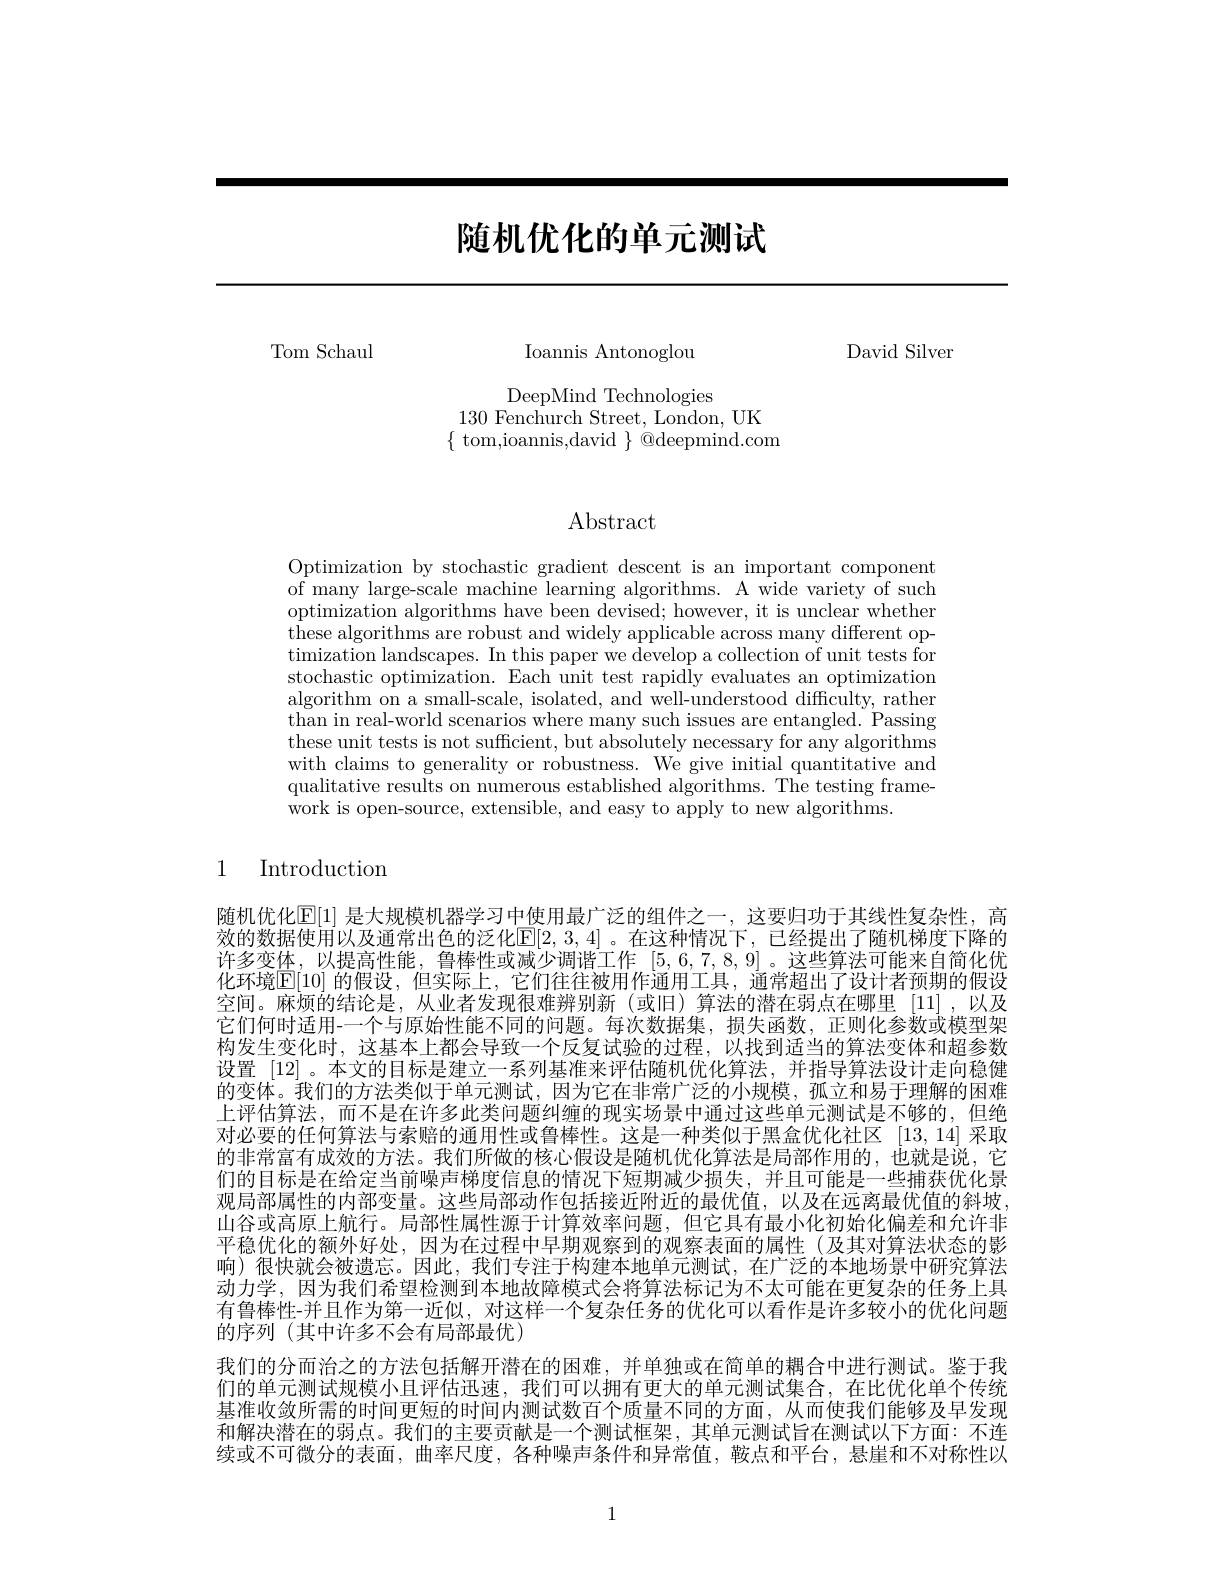
# 随机优化的单元测试

Tom Schaul

David Silver

Ioannis Antonoglou

DeepMind Technologies
130 Fenchurch Street, London, UK
$\{$ tom,ioannis,david $\}$ @deepmind.com

# $\operatorname{Abstract}$

Optimization by stochastic gradient descent is an important component of many large-scale machine learning algorithms. A wide variety of such optimization algorithms have been devised; however, it is unclear whether ${\mathrm{these~algorithms~are~robust~and~widely~applicable~across~many~different~op-}}$ timization landscapes. In this paper we develop a collection of unit tests for stochastic optimization. Each unit test rapidly evaluates an optimization algorithm on a small-scale, isolated, and well-understood difficulty, rather than in real- world scenarios where many such issues are entangled. Passing these unit tests is not sufficient, but absolutely necessary for any algorithms with claims to generality or robustness. We give initial quantitative and qualitative results on numerous established algorithms. The testing framework is open-source, extensible, and easy to apply to new algorithms

1 Introduction

随机优化$\mathbb{E}[1]$ 是大规模机器学习中使用最广泛的组件之一 ,这要归功于其线性复杂性，高效的数据使用以及通常出色的泛化$[\mathbb{E}[2,3,4]$ 。在这种情况下，已经提出了随机梯度下降的许多变体，以提高性能，鲁棒性或减少调谐工作[5,6,7,8,9]。这些算法可能来自简化优化环境$\boxed{\mathrm{E}}[10]$ 的假设，但实际上，它们往往被用作通用工具，通常超出了设计者预期的假设空间。麻烦的结论是，从业者发现很难辨别新(或旧)算法的潜在弱点在哪里[11],以及它们何时适用-一个与原始性能不同的问题。每次数据集，损失函数，正则化参数或模型架构发生变化时，这基本上都会导致一个反复试验的过程，以找到适当的算法变体和超参数设置 [12] 。本文的目标是建立一系列基准来评估随机优化算法，并指导算法设计走向稳健的变体。我们的方法类似于单元测试，因为它在非常广泛的小规模，孤立和易于理解的困难上评估算法，而不是在许多此类问题纠缠的现实场景中通过这些单元测试是不够的，但绝对必要的任何算法与索赔的通用性或鲁棒性。这是一种类似于黑盒优化社区[13,14]采取的非常富有成效的方法。我们所做的核心假设是随机优化算法是局部作用的，也就是说，它们的目标是在给定当前噪声梯度信息的情况下短期减少损失，并且可能是一些捕获优化景观局部属性的内部变量。这些局部动作包括接近附近的最优值，以及在远离最优值的斜坡， 山谷或高原上航行。局部性属性源于计算效率问题，但它具有最小化初始化偏差和允许非平稳优化的额外好处，因为在过程中早期观察到的观察表面的属性(及其对算法状态的影响)很快就会被遗忘。因此，我们专注于构建本地单元测试，在广泛的本地场景中研究算法动力学，因为我们希望检测到本地故障模式会将算法标记为不太可能在更复杂的任务上具有鲁棒性-并且作为第一近似，对这样一个复杂任务的优化可以看作是许多较小的优化问题的序列(其中许多不会有局部最优)
我们的分而治之的方法包括解开潜在的困难，并单独或在简单的耦合中进行测试。鉴于我们的单元测试规模小且评估迅速，我们可以拥有更大的单元测试集合，在比优化单个传统基准收敛所需的时间更短的时间内测试数百个质量不同的方面，从而使我们能够及早发现和解决潜在的弱点。我们的主要贡献是一个测试框架，其单元测试旨在测试以下方面：不连续或不可微分的表面，曲率尺度，各种噪声条件和异常值，鞍点和平台，悬崖和不对称性以

1